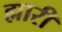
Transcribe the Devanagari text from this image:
ह्मारी